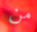
من